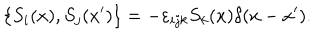
LaTeX: \{ S _ { i } ( x ) , S _ { j } ( x ^ { \prime } ) \} = - \varepsilon _ { i j k } S _ { k } ( x ) \delta ( x - x ^ { \prime } ) .